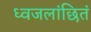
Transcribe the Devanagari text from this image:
ध्वजलांछितं